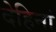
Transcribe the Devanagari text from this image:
देहिनां